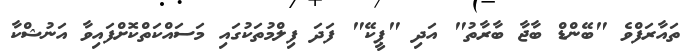
ތައާރަފްވެ "ބޭންޑް ބާޖާ ބާރާތު" އަދި "ޕީކޭ" ފަދަ ފިލްމުތަކުގައި މަސައްކަތްކޮށްފައިވާ އަނުޝްކާ